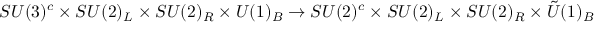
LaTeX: S U ( 3 ) ^ { c } \times S U ( 2 ) _ { L } \times S U ( 2 ) _ { R } \times U ( 1 ) _ { B } \rightarrow S U ( 2 ) ^ { c } \times S U ( 2 ) _ { L } \times S U ( 2 ) _ { R } \times { \tilde { U } } ( 1 ) _ { B }